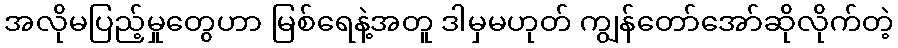
အလိုမပြည့်မှုတွေဟာ မြစ်ရေနဲ့အတူ ဒါမှမဟုတ် ကျွန်တော်အော်ဆိုလိုက်တဲ့